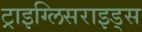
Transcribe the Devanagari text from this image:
ट्राइग्लिसराइड्स